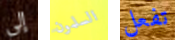
إلى السلمون تفعل